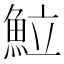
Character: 𩶘